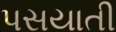
પસયાતી